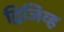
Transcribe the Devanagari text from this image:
द्विजिव्ह